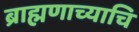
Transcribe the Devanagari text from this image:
ब्राह्मणाच्याचि